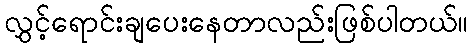
လွှင့်ရောင်းချပေးနေတာလည်းဖြစ်ပါတယ်။